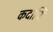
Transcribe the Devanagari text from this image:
कदाचि